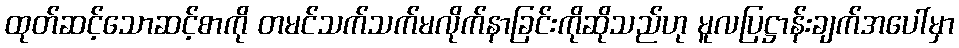
ထုတ်ဆင့်သောဆင့်စာကို တမင်သက်သက်မလိုက်နာခြင်းကိုဆိုသည်ဟု မူလပြဋ္ဌာန်းချက်အပေါ်မှာ